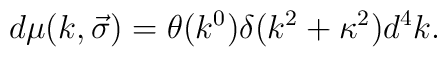
d \mu(k,\vec{\sigma})= \theta(k^0) \delta(k^2+\kappa^2) d^4 k.